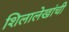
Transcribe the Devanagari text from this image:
शिलालेखांची